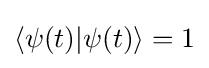
\langle \psi (t)|\psi (t)\rangle =1